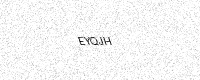
Text: EYQJH